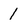
Character: 1